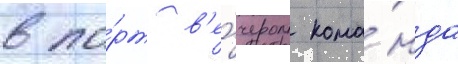
в по́рт в'е́чером кома́нда